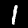
Label: 1